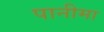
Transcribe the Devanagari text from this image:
पानीमा